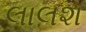
લાલશ